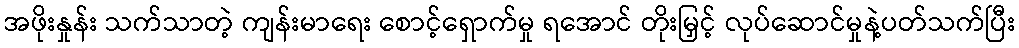
အဖိုးနှုန်း သက်သာတဲ့ ကျန်းမာရေး စောင့်ရှောက်မှု ရအောင် တိုးမြှင့် လုပ်ဆောင်မှုနဲ့ပတ်သက်ပြီး